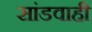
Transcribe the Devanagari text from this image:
सांडवाही